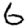
Digit: 6